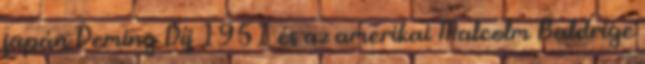
japán Deming Díj 1951 és az amerikai Malcolm Baldrige